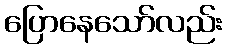
ပြောနေသော်လည်း